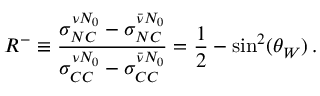
R ^ { - } \equiv \frac { \sigma _ { N C } ^ { \nu N _ { 0 } } - \sigma _ { N C } ^ { \bar { \nu } N _ { 0 } } } { \sigma _ { C C } ^ { \nu N _ { 0 } } - \sigma _ { C C } ^ { \bar { \nu } N _ { 0 } } } = \frac { 1 } { 2 } - \mathrm { s i n } ^ { 2 } ( \theta _ { W } ) \, .